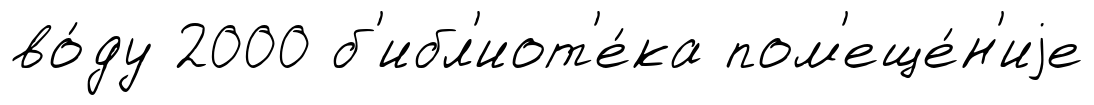
во́ду 2000 б'ибл'иот'е́ка пом'еще́н'иjе